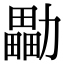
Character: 㔣